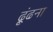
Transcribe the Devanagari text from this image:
ढ़ूंढना